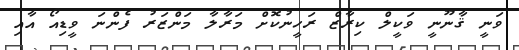
ވަނީ ޤާނޫނީ ވަކީލް ކިރާޒް ރަހީނުކޮށް މަރާލާ މަންޒަރު ފެންނަ ވީޑިއޯ އާއި